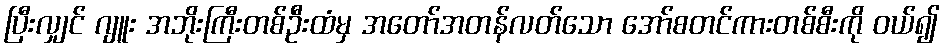
ပြီးလျှင် ဂျူး အဘိုးကြီးတစ်ဦးထံမှ အတော်အတန်လတ်သော အော်စတင်ကားတစ်စီးကို ဝယ်၍